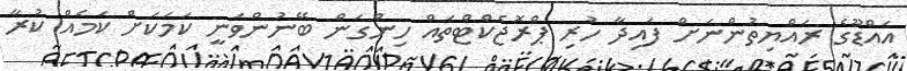
އައްޑޫގެ ރައްޔިތުންނަށް ފައިދާ ހުރި ޕްރޮޖެކްޓްތައް ހިންގަން ބޭނުންވަނީ ކަމަކަށް ކަމެއް ކުރާ